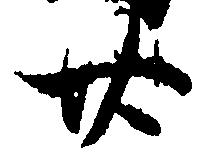
廿